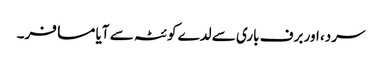
سرد، اور برف باری سے لدے کوئٹہ سے آیا مسافر۔